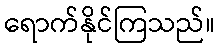
ရောက်နိုင်ကြသည်။